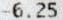
-6.25